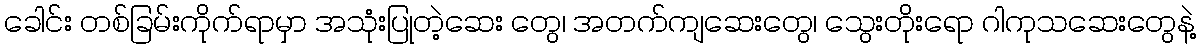
ခေါင်း တစ်ခြမ်းကိုက်ရာမှာ အသုံးပြုတဲ့ဆေး တွေ၊ အတက်ကျဆေးတွေ၊ သွေးတိုးရော ဂါကုသဆေးတွေနဲ့